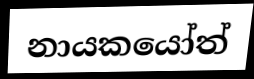
නායකයෝත්